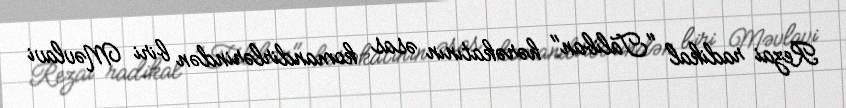
Rezai radikal "Taliban" hərəkatının əsas komandirlərindən biri Məvlavi